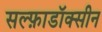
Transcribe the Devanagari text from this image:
सल्फ़ाडॉक्सीन